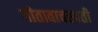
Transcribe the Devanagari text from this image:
गीतावाचस्पती